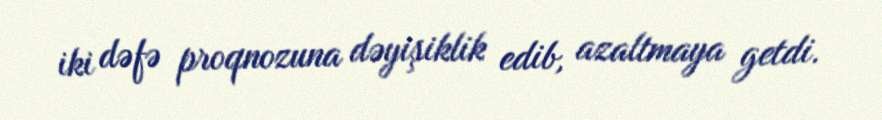
iki dəfə proqnozuna dəyişiklik edib, azaltmaya getdi.